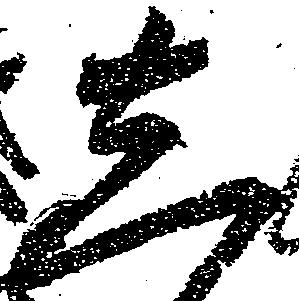
し